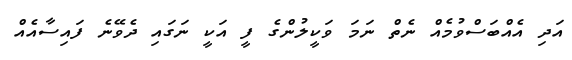
އަދި އެއްބަސްވުމެއް ނެތް ނަމަ ވަކީލުންގެ ފީ އަކީ ނަގައި ދެވޭނެ ފައިސާއެއް